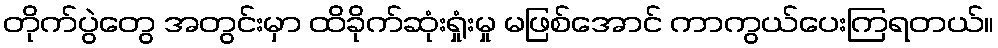
တိုက်ပွဲတွေ အတွင်းမှာ ထိခိုက်ဆုံးရှုံးမှု မဖြစ်အောင် ကာကွယ်ပေးကြရတယ်။